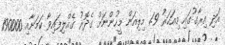
އަދި އިރާގުގައި މިއަހަރު 1.9 މިލިއަން މީހުންނަށް ގެދޮރު ގެއްލިފައިވާ ކަމަށާއި 190000